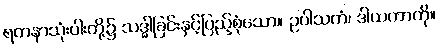
ရတနာသုံးပါးတို့၌ သဒ္ဓါခြင်းနှင့်ပြည့်စုံသော။ ဥပါသကံ၊ ဒါယကာကို။